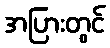
အပြားတွင်